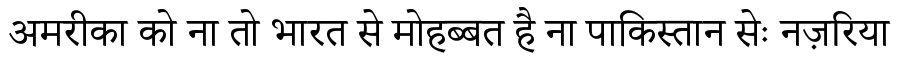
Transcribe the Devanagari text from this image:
अमरीका को ना तो भारत से मोहब्बत है ना पाकिस्तान सेः नज़रिया